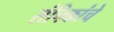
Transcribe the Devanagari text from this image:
संचिकांचे